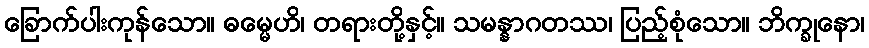
ခြောက်ပါးကုန်သော။ ဓမ္မေဟိ၊ တရားတို့နှင့်။ သမန္နာဂတဿ၊ ပြည့်စုံသော။ ဘိက္ခုနော၊